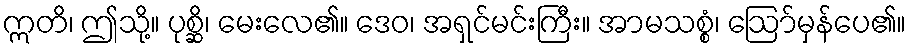
ဣတိ၊ ဤသို့။ ပုစ္ဆိ၊ မေးလေ၏။ ဒေဝ၊ အရှင်မင်းကြီး။ အာမသစ္စံ၊ ဩော်မှန်ပေ၏။